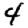
Digit: 4